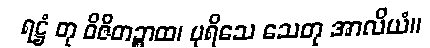
ရဋ္ဌံ တု ဝိဇိတဉ္စာထ၊ ပုရိသေ သေတု အာလိယံ။